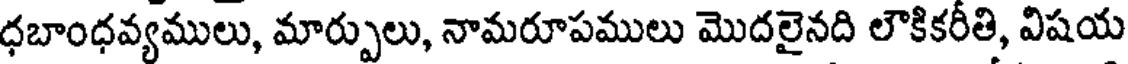
ధబాంధవ్యములు, మార్పులు, నామరూపములు మొదలైనది లౌకికరీతి, విషయ